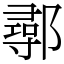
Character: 鄩